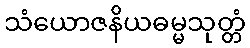
သံယောဇနိယဓမ္မသုတ္တံ